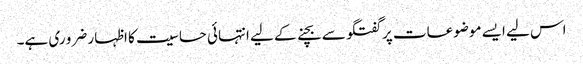
اس لیے ایسے موضوعات پر گفتگو سے بچنے کے لیے انتہائی حساسیت کا اظہار ضرو ری ہے۔